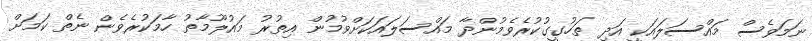
ނަަމަވެސް މައްސަލައަކީ އަދި ތަހުގީގުކުރެވެމުންދާ މައްސަލައަކަށްވުމުން އިތުރު މައުލޫމާތު ހާމަކުރެވެން ނެތް ކަމަށް